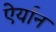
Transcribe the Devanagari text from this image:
ऐर्यान